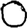
Digit: 0